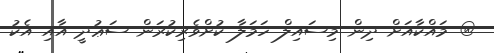
@ މައްކާއަށް ދިން މިސައިލް ހަމަލާ ކުށްވެރިކުރަން ސަޢުދީ އާއި އެކު